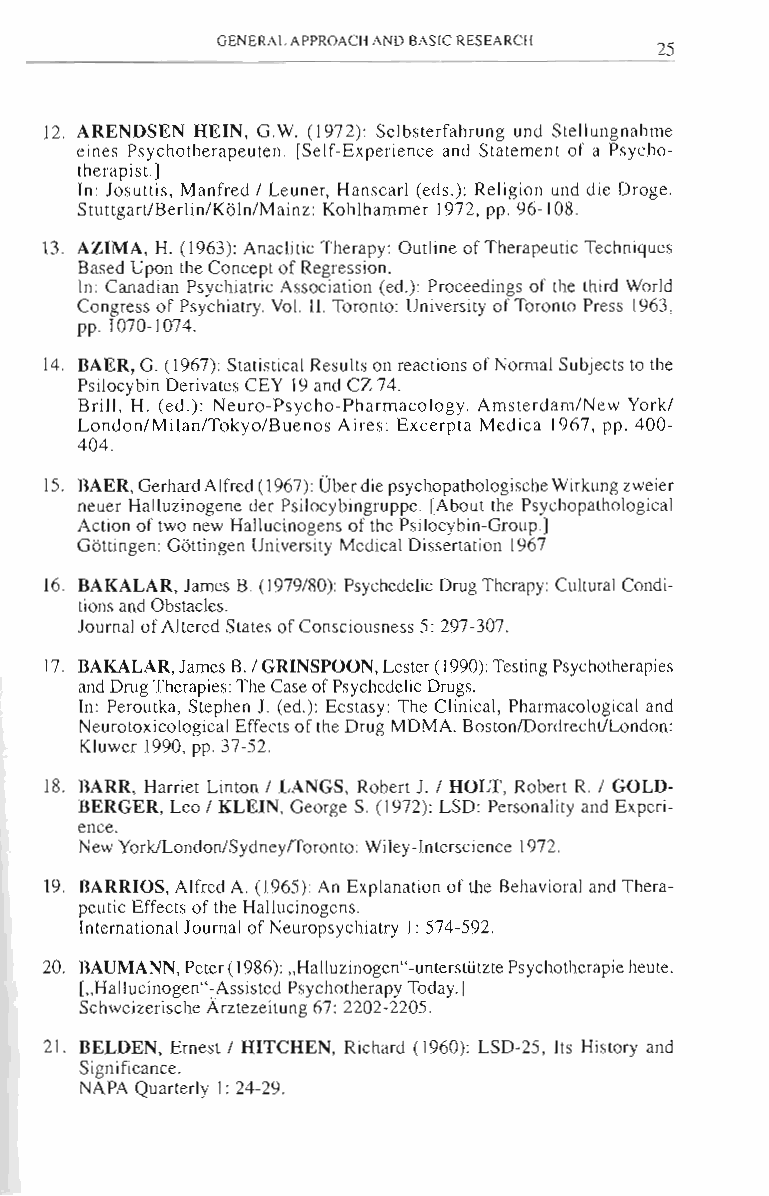
GENERAL APPROACH AND BASIC RESEARCH
 25
 12. ARENDSEN HEIN , G. W. (1972): Selbsterfahrung und Stellungnahme
 eines Psychotherapeuten. [Self-Experience and Statement of a Psycho­
 therapisl.)
 In: Josuttis, Manfred 1 Leuner, HanscarJ (eds.): Religion und die Droge.
 StuttgartlBerlin/Kdln/Mainz: Kohlhammer )972, pp. 96-108.
 13. AZIMA, H. ( 1963): Anaclitic Therapy: Outline of Therapeutic Techniques
 Based Upon the Concept of Regression.
 In: Canadian Psychiatric Association (ed.): Proceedings of the third World
 Congress of Psychiatry. Vo!. I!. Toronto: Universi ty of Toronto Press 1963,
 pp. 1070-1074.
 14. BAER, G. (1967): Stati.'iical Results on reactions of Normal Subjects to the
 Psilocybin Derivates CEY 19 and CZ 74.
 Brill, H. (ed.): Neuro-Psycho-Pharmacology. Amsterdam/New Yorkl
 London/Milan/Tokyo/Buenos Aires: Excerpta Medica 1967, pp . 400­
 404.
 15. BAER, Gerhard Alfred (1967): Ober die psychopathologische Wirkung zweier
 neuer Halluzinogene der Psilocybingruppe. [About the Psychopathological
 Action of two new Hallucinogens of the Psilocybin-Group.)
 Gdtlingen: Gdtlingen University Medical Dissertation 1967
 16. BAKALAR, James B. (1979/80): Psychedelic Drug Thcrapy: Cultural Condi­
 tions and Obstacles.
 Journal of Altered States of Consciousness 5: 297-307.
 17. BAKALAR, James B. 1GRlNSPOON, Lester (1990): Testing Psychotherapies
 and Drug Therapies: The Case of Psychedelic Drugs.
 In: Peroutka, Stephen 1. (ed.): Ecstasy: The Clinical, Pharmacological and
 Neurotoxicological Effects of the Drug MDMA. BostonlDordrechtlLondon:
 Kluwer 1990, pp. 37-52.
 18. BARR, Harriet Linton 1 LANGS, Robert J. 1 HOLT, Robert R. 1 GOLD­
 BERGER, Leo 1 KLEIN, George S. (1972): LSD: Personality and Experi­
 ence.
 New YorklLondon/SydneylToronto: Wiley-Interscience 1972.
 19. BARRIOS, Alfred A. (1965): An Explanation of the Behavioral and Thera­
 peutic Effects of the Hallucinogens.
 International Journal of Neuropsychiatry J: 574-592.
 20. BAUMANN, Peter () 986): "Halluzinogen"-unterstUtzte Psychotherapie heute.
 ["Hallucinogen"-Assisted Psychotherapy Today.)
 Schweizerische Arztezeitung 67: 2202-2205.
 21. BELDEN, Ernest 1 HITCHEN, Richard (1960): LSD-25, Its History and
 Significance.
 NAPA Quarterly I: 24-29.